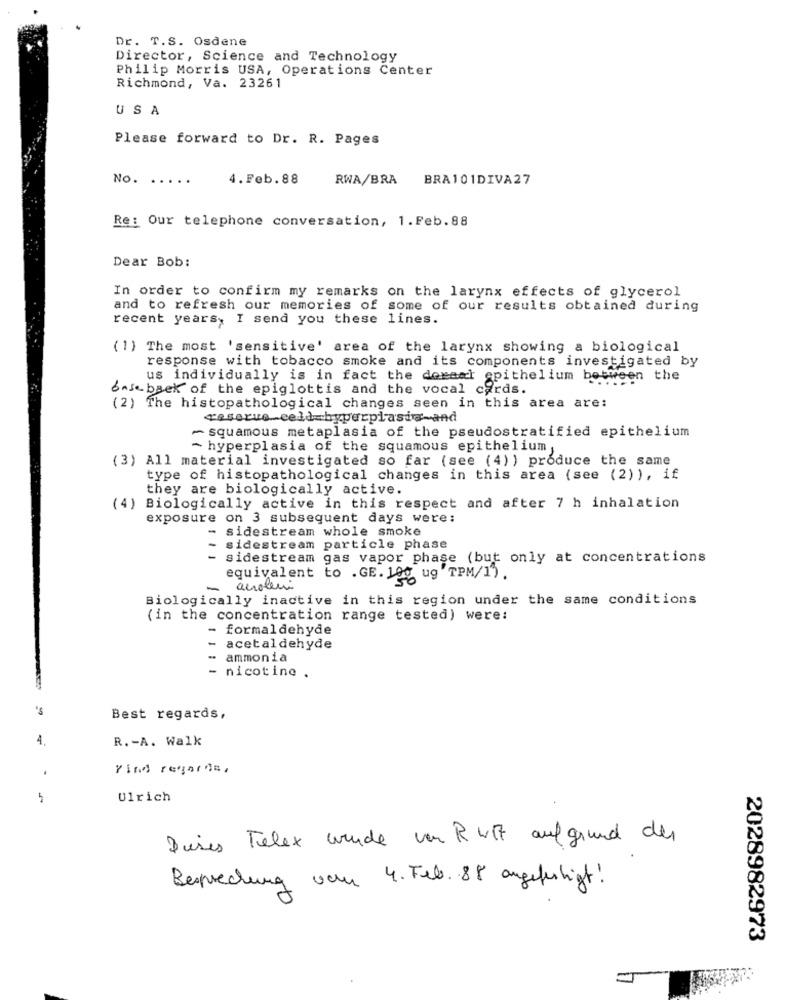
Dr. T.S. Osdene
Director, Science and Technology
Philip Morris USA, Operations Center
Richmond, Va. 23261
USA
Please forward to Dr. R. Pages
No. .....
4. Feb. 88
RWA/BRA BRA101DIVA27
Re: Our telephone conversation, 1.Feb.88
Dear Bob:
In order to confirm my remarks on the larynx effects of glycerol
and to refresh our memories of some of our results obtained during
recent years, I send you these lines.
(1) The most 'sensitive' area of the larynx showing a biological
response with tobacco smoke and its components investigated by
us individually is in fact the demaat epithelium betwe
esween the
baseback of the epiglottis and the vocal cords.
(2) The histopathological changes seen in this area are:
reserve_celd_hyperplasia-and
- squamous metaplasia of the pseudostratified epithelium
- hyperplasia of the squamous epithelium
(3) All material investigated so far (see (4)) produce the same
type of histopathological changes in this area (see (2) ), if
they are biologically active.
(4) Biologically active in this respect and after 7 h inhalation
exposure on 3 subsequent days were:
- sidestream whole smoke
sidestream particle phase
- sidestream gas vapor phase (but only at concentrations
equivalent to .GE. 100 ug TPM/1) .
-
acroleni
Biologically inactive in this region under the same conditions
(in the concentration range tested) were:
- formaldehyde
-
acetaldehyde
ammonia
- nicotine .
's
Best regards,
R. - A. Walk
Vind regards,
Ulrich
Dieses Telex wurde von R wit aufgrund der
Besprechung von 4. Feb. 88 angefertigt !
2028982973